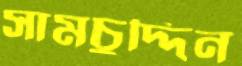
সামচুদ্দিন